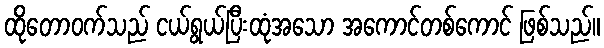
ထိုတောဝက်သည် ငယ်ရွယ်ပြီးထုံအသော အကောင်တစ်ကောင် ဖြစ်သည်။